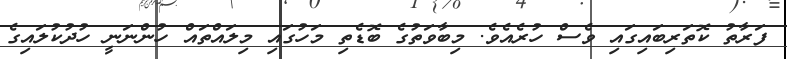
ފަރާތު ކޮތަރިބައިގައި ވެސް ހުރެއެވެ. މިބާވަތުގެ ބޮޑެތި މަހުގައި މިލައްތައް ހުންނަނީ ހުދުކުލައިގެ